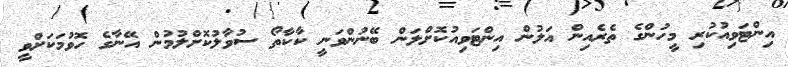
އިންޓަވިއުކުރި މީހުންގެ ތެރެއިން އަލުން އިންޓަވިއުކޮށްލަން ބޭނުންވަނީ ކާކާތޯ ސުވާލުކޮށްލުމުން އޭނާގެ ހޮވުމަކަށްވީ